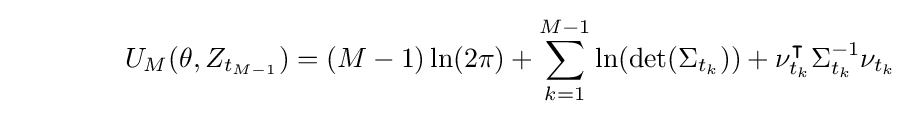
\qquad \qquad U_{M}(\theta ,Z_{t_{M-1}})=(M-1)\ln(2\pi )+\sum _{k=1}^{M-1}\ln(\det(\Sigma _{t_{k}}))+\nu _{t_{k}}^{\intercal }\Sigma _{t_{k}}^{-1}\nu _{t_{k}}